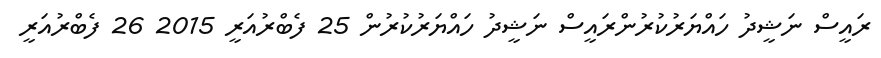
ރައީސް ނަޝީދު ހައްޔަރުކުރުންރައީސް ނަޝީދު ހައްޔަރުކުރުން 25 ފެބްރުއަރީ 2015 26 ފެބްރުއަރީ